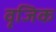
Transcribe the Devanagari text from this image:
वृजिक